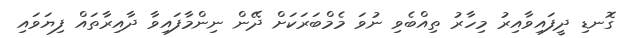
ގޮނޑި ދީފައިވާއިރު މިހާރު ތިއްބެވި ނުވަ މެމްބަރަކަށް ދޭން ނިންމާފައިވާ ދާއިރާތައް ފިޔަވައި